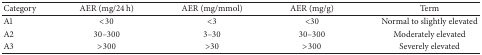
<table><thead><tr><td><b>Category</b></td><td><b>AER (mg/24 h)</b></td><td><b>AER (mg/mmol)</b></td><td><b>AER (mg/g)</b></td><td><b>Term</b></td></tr></thead><tbody><tr><td>A1</td><td>&lt;30</td><td>&lt;3</td><td>&lt;30</td><td>Normal to slightly elevated</td></tr><tr><td>A2</td><td>30–300</td><td>3–30</td><td>30–300</td><td>Moderately elevated</td></tr><tr><td>A3</td><td>&gt;300</td><td>&gt;30</td><td>&gt;300</td><td>Severely elevated</td></tr></tbody></table>